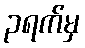
၃ရက်မှ